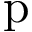
\mathrm { p }